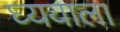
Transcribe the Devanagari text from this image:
घ्ययाला